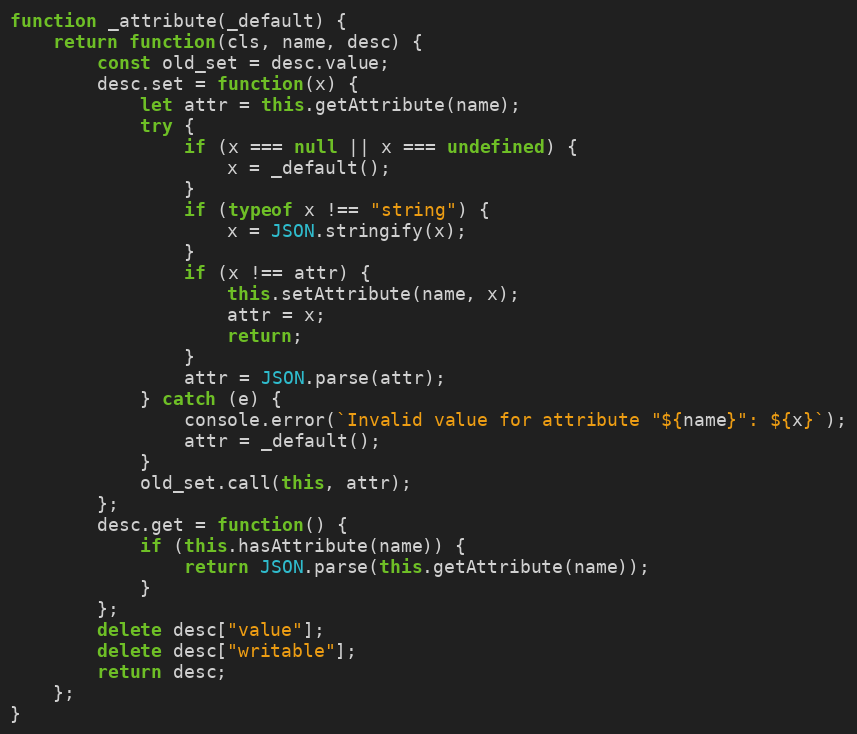
Language: JavaScript
function _attribute(_default) {
    return function(cls, name, desc) {
        const old_set = desc.value;
        desc.set = function(x) {
            let attr = this.getAttribute(name);
            try {
                if (x === null || x === undefined) {
                    x = _default();
                }
                if (typeof x !== "string") {
                    x = JSON.stringify(x);
                }
                if (x !== attr) {
                    this.setAttribute(name, x);
                    attr = x;
                    return;
                }
                attr = JSON.parse(attr);
            } catch (e) {
                console.error(`Invalid value for attribute "${name}": ${x}`);
                attr = _default();
            }
            old_set.call(this, attr);
        };
        desc.get = function() {
            if (this.hasAttribute(name)) {
                return JSON.parse(this.getAttribute(name));
            }
        };
        delete desc["value"];
        delete desc["writable"];
        return desc;
    };
}